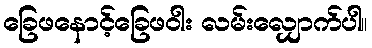
ခြေဖနောင့်ခြေဖဝါး လမ်းလျှောက်ပါ။